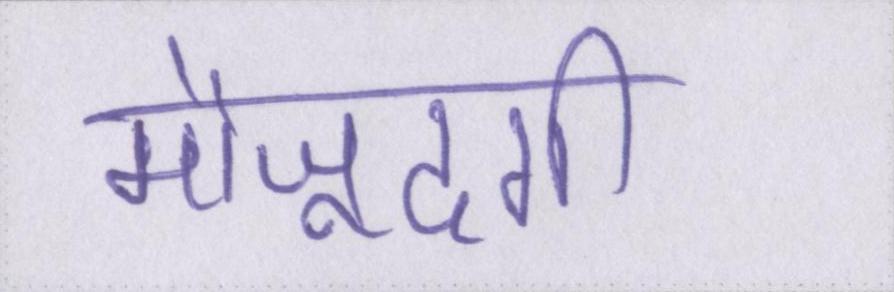
मौजूदगी